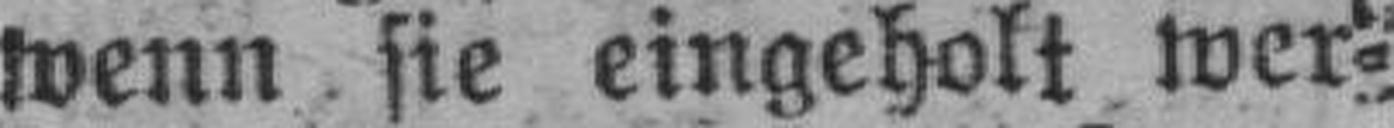
wenn sie eingeholt wer¬